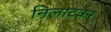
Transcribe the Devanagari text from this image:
निलाटकर